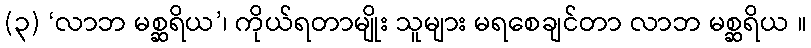
(၃) ‘လာဘ မစ္ဆရိယ’၊ ကိုယ်ရတာမျိုး သူများ မရစေချင်တာ လာဘ မစ္ဆရိယ ။